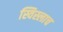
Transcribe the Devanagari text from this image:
स्विस्लाच